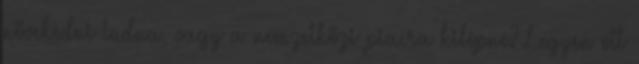
növekedni tudna, vagy a nemzetközi piacra kilépne? Legyen ott